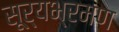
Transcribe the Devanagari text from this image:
सूर्यभ्रमण